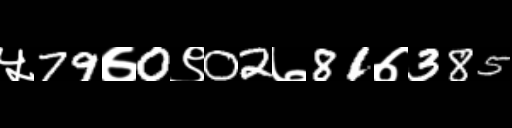
Text: ५79७0९02७81७385